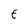
Character: E